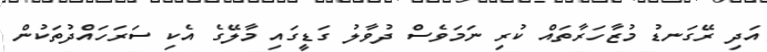
އަދި ރޭގަނޑު މުޒާހަރާތައް ކުރި ނަމަވެސް ދުވާލު ގަޑީގައި މާލޭގެ އެކި ސަރަހައްދުތަކުން